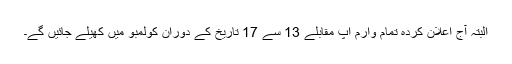
البتہ آج اعلان کردہ تمام وارم اپ مقابلے 13 سے 17 تاریخ کے دوران کولمبو میں کھیلے جائیں گے۔